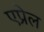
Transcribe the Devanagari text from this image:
एप्रेल